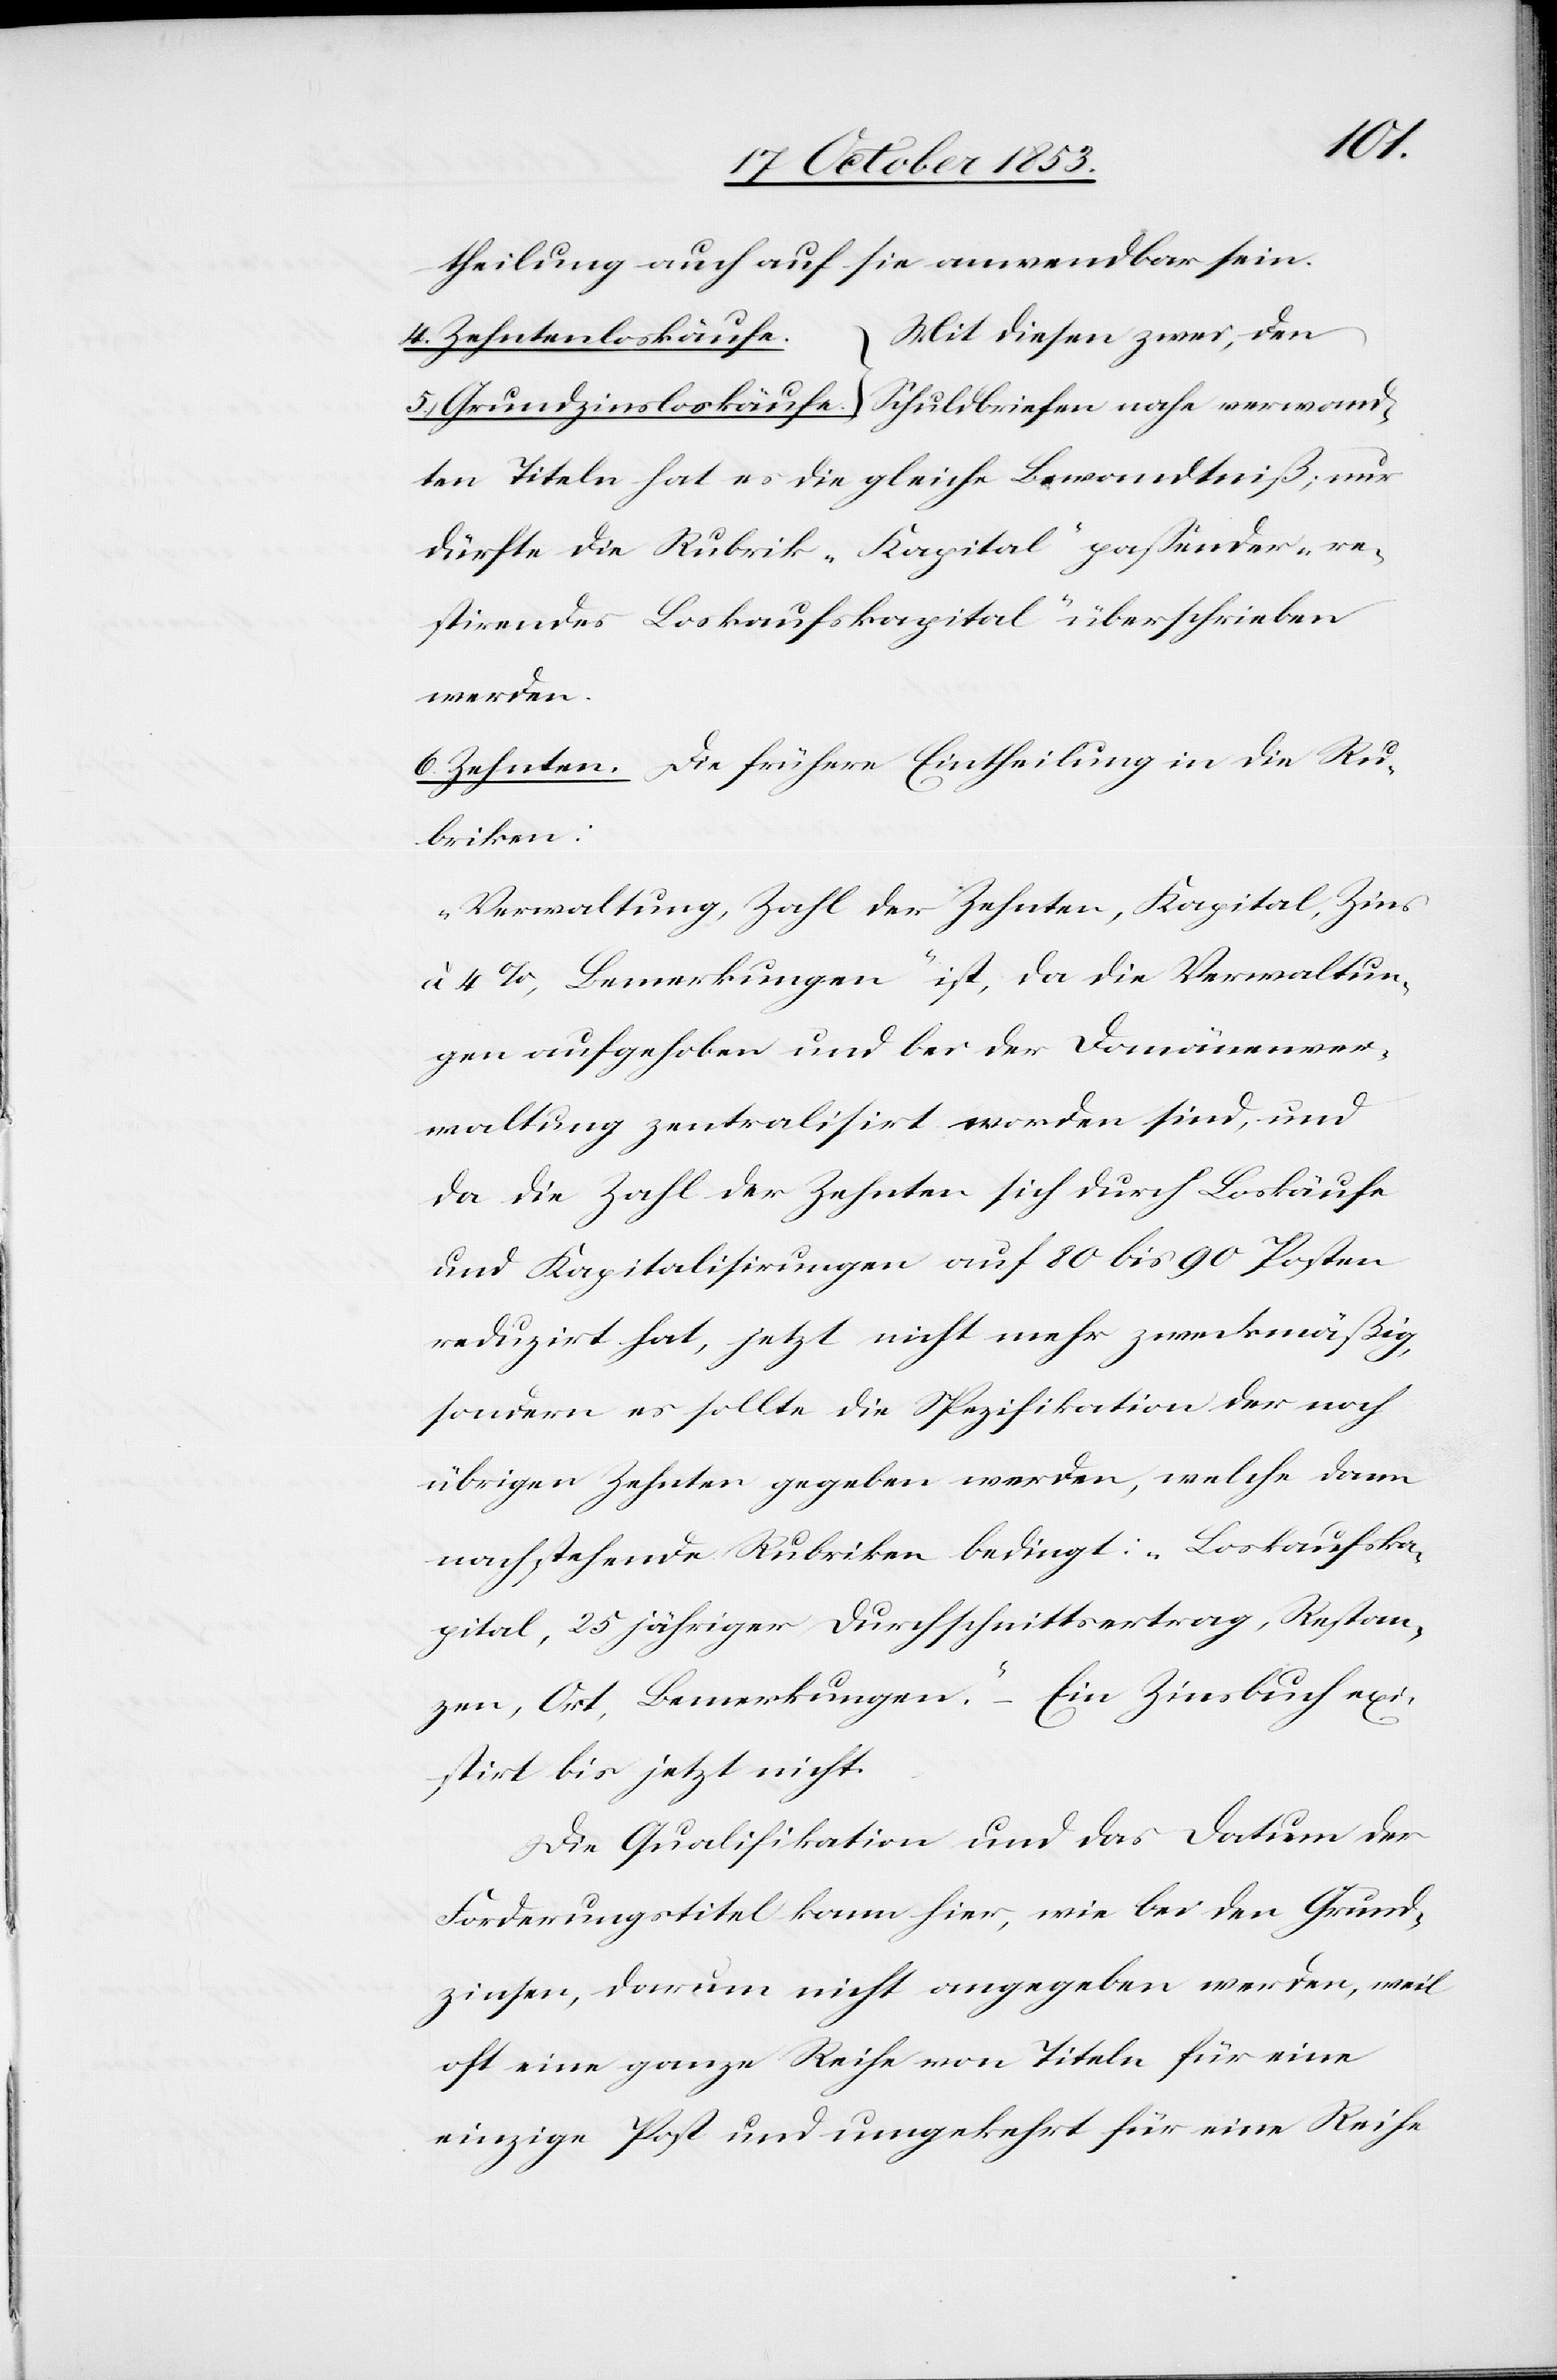
verwa¬
theilung auch auf sie anwendbar sein.
} Mit diesen zwei, den
4. Zehntenloskäufe.
ndten Titeln hat es die gleiche Bewandtniß, nur
dürfte die Rubrik „Kapital“ paßender „re¬
stirendes Loskaufskapital“ überschrieben
werden.
6. Zehnten. Die frühere Entscheidung in die Ru¬
briken:
„Verwaltung, Zahl der Zehnten, Kapital, Zins
à 4%, Bemerkungen“ ist, da die Verwaltun¬
gen aufgehoben und bei der Domainenver¬
waltung zentralisirt worden sind, und
da die Zahl der Zehnten sich durch Loskäufe
und Kapitalisirungen auf 80 bis 90 Posten
reduzirt hat, jetzt nicht mehr zweckmäßig,
sondern es sollte die Spezifikation der noch
übrigen Zehnten gegeben werden, welche dann
nachstehende Rubriken bedingt: „Loskaufska¬
pital, 25 jähriger Durchschnittsertrag, Restan¬
zen, Ost, Bemerkungen.“ – Ein Zinsbuch exi¬
stirt bis jetzt nicht.
Die Qualifikation und das Datum der
Forderungstitel kann hier, wie bei den Grund¬
zinsen, darum nicht angegeben werden, weil
oft eine ganze Reihe von Titeln für eine
einzige Post und umgekehrt für eine Reihe